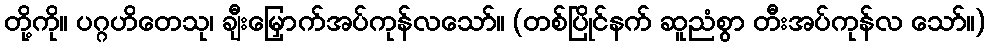
တို့ကို။ ပဂ္ဂဟိတေသု၊ ချီးမြှောက်အပ်ကုန်လသော်။ (တစ်ပြိုင်နက် ဆူညံစွာ တီးအပ်ကုန်လ သော်။)